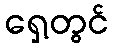
ရှေ့တွင်